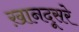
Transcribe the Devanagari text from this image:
ख़ानदूसरे